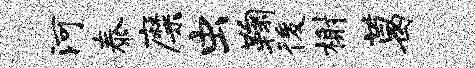
河泰靡虫鞠後榭葛